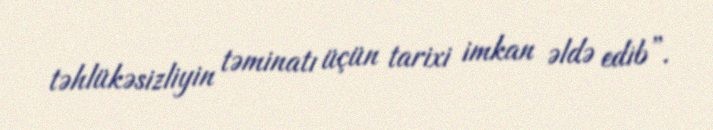
təhlükəsizliyin təminatı üçün tarixi imkan əldə edib”.